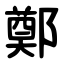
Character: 鄭